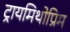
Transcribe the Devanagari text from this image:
ट्रायमिथोप्रिम